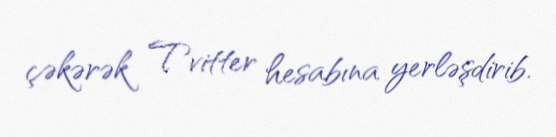
çəkərək Tvitter hesabına yerləşdirib.